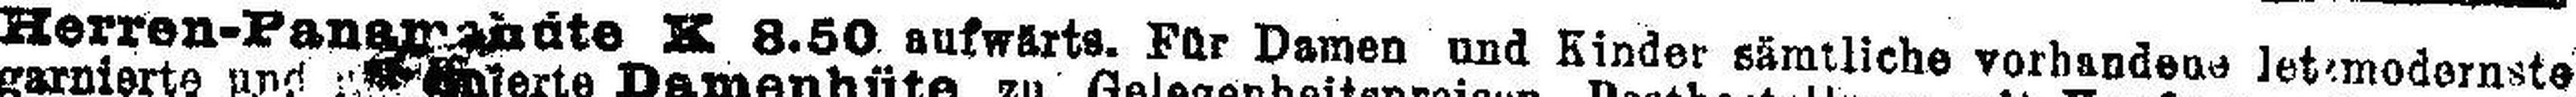
Herren-Panamahüte K 8.50. aufwärts. Für Damen und Kinder sämtliche vorhandene Jetmodernste